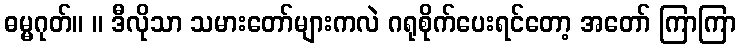
ဓမ္မဂုတ်။ ။ ဒီလိုသာ သမားတော်များကလဲ ဂရုစိုက်ပေးရင်တော့ အတော် ကြာကြာ